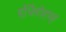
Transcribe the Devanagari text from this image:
वर्धितोहम्।